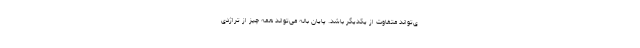
ی‌تواند متفاوت از یکدیگر باشد. پایان باله می‌تواند همه چیز از تراژدی